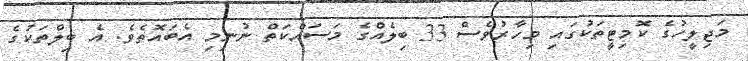
މަޖިލީހުގެ ކޮމިޓީތަކުގައި މިހާރުވެސް 33 ބިލެއްގެ މަސައްކަތް ނުނިމި އެބައޮތެވެ. އެ ބިލްތަކުގެ